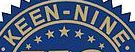
KEEN-NINE